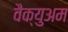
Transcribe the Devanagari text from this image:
वैक्युअम